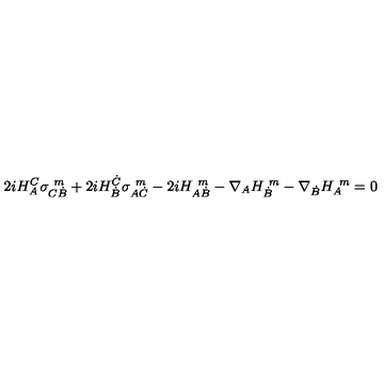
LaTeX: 2 i H _ { A } ^ { C } \sigma _ { C \dot { B } } ^ { \ m } + 2 i H _ { \dot { B } } ^ { \dot { C } } \sigma _ { A \dot { C } } ^ { \ m } - 2 i H _ { A \dot { B } } ^ { \ m } - \nabla _ { A } H _ { \dot { B } } ^ { \ m } - \nabla _ { \dot { B } } H _ { A } ^ { \ m } = 0